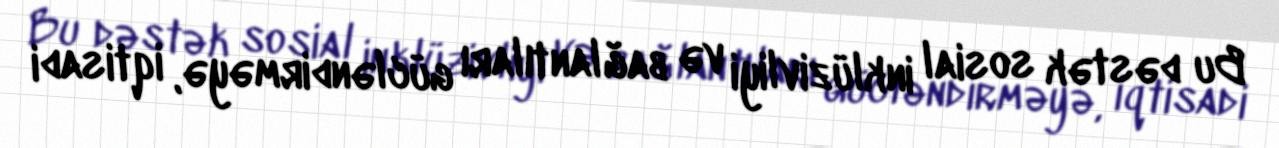
Bu dəstək sosial inklüzivliyi və bağlantıları gücləndirməyə, iqtisadi